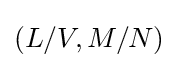
(L/V,M/N)